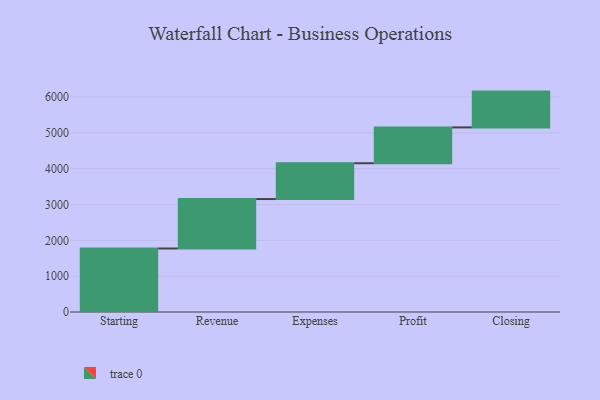
{"axis": {"x": "Step", "y": "Value"}, "legend": [""], "data": [{"x": "Starting", "y": 1773.0, "type": ""}, {"x": "Revenue", "y": 1381.0, "type": ""}, {"x": "Expenses", "y": 1000, "type": ""}, {"x": "Profit", "y": 1000, "type": ""}, {"x": "Closing", "y": 1000, "type": ""}]}